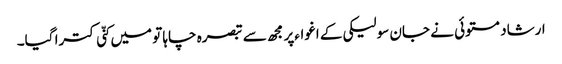
ارشاد مستوئی نے جان سولیکی کے اغواءپر مجھ سے تبصرہ چاہا تو میں کنّی کترا گیا۔